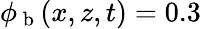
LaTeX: \phi_{\mathrm{~b~}}(x,z,t)=0.3